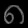
Digit: ၈